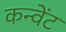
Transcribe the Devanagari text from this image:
कन्वेंट